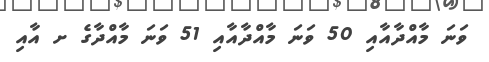
ވަނަ މާއްދާއާއި 50 ވަނަ މާއްދާއާއި 51 ވަނަ މާއްދާގެ ށ އާއި